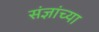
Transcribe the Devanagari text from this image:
संज्ञांच्या